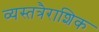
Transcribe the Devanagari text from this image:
व्यस्तत्रैराशिक